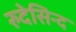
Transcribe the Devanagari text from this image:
रुदेसिन्द